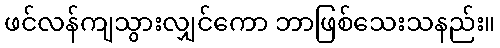
ဖင်လန်ကျသွားလျှင်ကော ဘာဖြစ်သေးသနည်း။